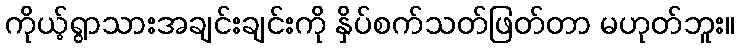
ကိုယ့်ရွာသားအချင်းချင်းကို နှိပ်စက်သတ်ဖြတ်တာ မဟုတ်ဘူး။